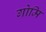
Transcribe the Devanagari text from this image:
गोमि